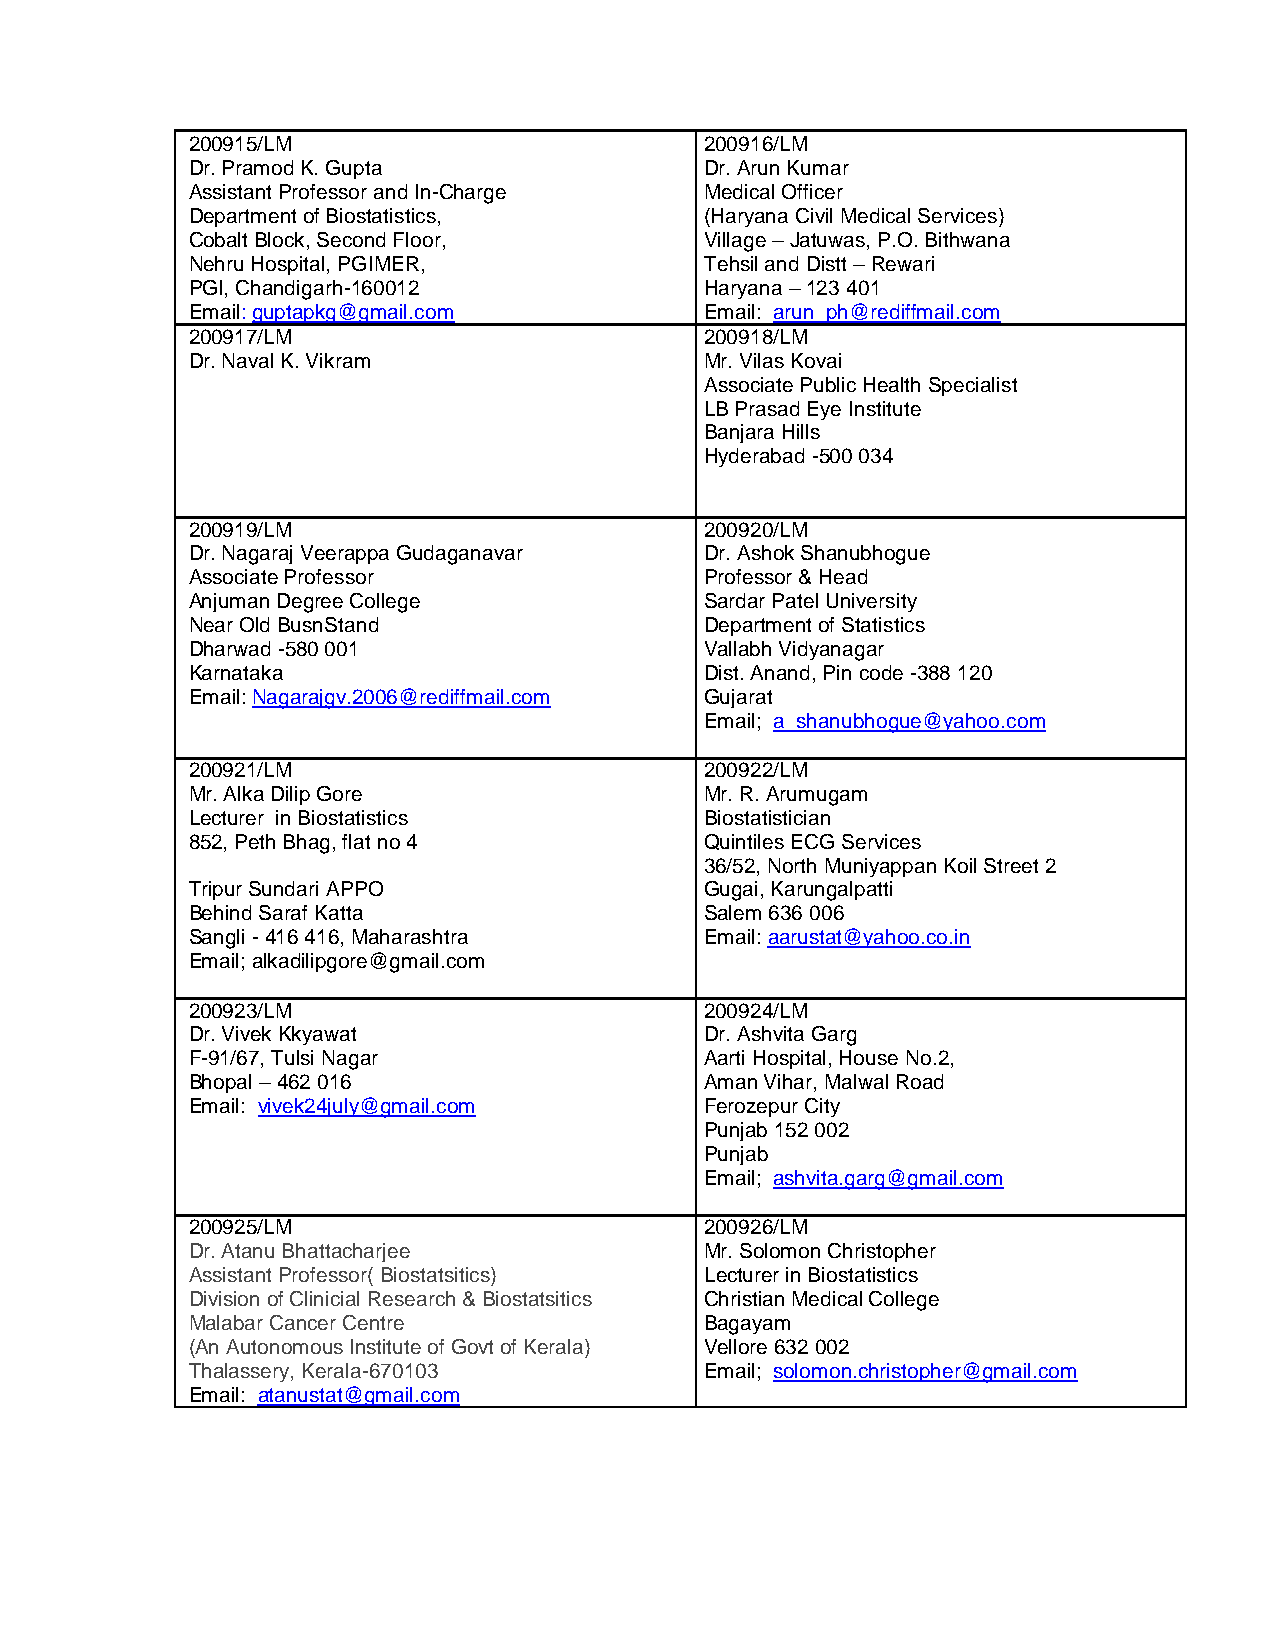
200915/LM                          200916/LM
 Dr. Pramod K. Gupta                Dr. Arun Kumar
 Assistant Professor and In-Charge  Medical Officer
 Department of Biostatistics,       (Haryana Civil Medical Services)
 Cobalt Block, Second Floor,        Village – Jatuwas, P.O. Bithwana
 Nehru Hospital, PGIMER,            Tehsil and Distt – Rewari
 PGI, Chandigarh-160012             Haryana – 123 401
 Email: guptapkg@gmail.com          Email: arun_ph@rediffmail.com
 200917/LM                          200918/LM
 Dr. Naval K. Vikram                Mr. Vilas Kovai
 Associate Public Health Specialist
 LB Prasad Eye Institute
 Banjara Hills
 Hyderabad -500 034
 200919/LM                          200920/LM
 Dr. Nagaraj Veerappa Gudaganavar   Dr. Ashok Shanubhogue
 Associate Professor                Professor & Head
 Anjuman Degree College             Sardar Patel University
 Near Old BusnStand                 Department of Statistics
 Dharwad -580 001                   Vallabh Vidyanagar
 Karnataka                          Dist. Anand, Pin code -388 120
 Email: Nagarajgv.2006@rediffmail.com Gujarat
 Email; a_shanubhogue@yahoo.com
 200921/LM                          200922/LM
 Mr. Alka Dilip Gore                Mr. R. Arumugam
 Lecturer in Biostatistics          Biostatistician
 852, Peth Bhag, flat no 4          Quintiles ECG Services
 36/52, North Muniyappan Koil Street 2
 Tripur Sundari APPO                Gugai, Karungalpatti
 Behind Saraf Katta                 Salem 636 006
 Sangli - 416 416, Maharashtra      Email: aarustat@yahoo.co.in
 Email; alkadilipgore@gmail.com
 200923/LM                          200924/LM
 Dr. Vivek Kkyawat                  Dr. Ashvita Garg
 F-91/67, Tulsi Nagar               Aarti Hospital, House No.2,
 Bhopal – 462 016                   Aman Vihar, Malwal Road
 Email: vivek24july@gmail.com       Ferozepur City
 Punjab 152 002
 Punjab
 Email; ashvita.garg@gmail.com
 200925/LM                          200926/LM
 Dr. Atanu Bhattacharjee            Mr. Solomon Christopher
 Assistant Professor( Biostatsitics) Lecturer in Biostatistics
 Division of Clinicial Research & Biostatsitics Christian Medical College
 Malabar Cancer Centre              Bagayam
 (An Autonomous Institute of Govt of Kerala) Vellore 632 002
 Thalassery, Kerala-670103          Email; solomon.christopher@gmail.com
 Email: atanustat@gmail.com